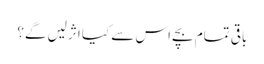
باقی تمام بچے اس سے کیا اثرلیں گے؟